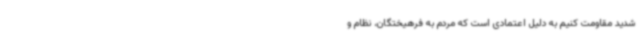
شدید مقاومت کنیم به دلیل اعتمادی است که مردم به فرهیختگان، نظام و